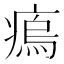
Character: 𤸼